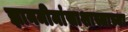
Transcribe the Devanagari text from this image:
ज्ञानमीमांसाशास्त्राच्या